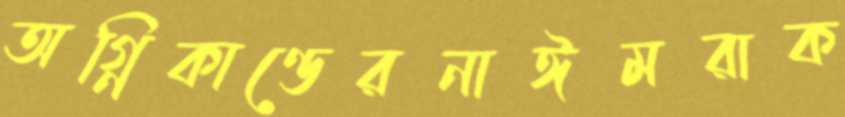
অগ্নিকাণ্ডেরনাঈমরাক